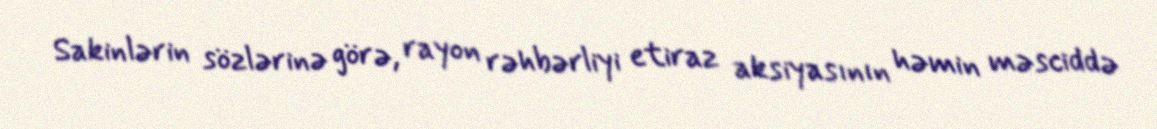
Sakinlərin sözlərinə görə, rayon rəhbərliyi etiraz aksiyasının həmin məsciddə